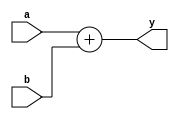
`timescale 1ns / 1ps
//////////////////////////////////////////////////////////////////////////////////
// Company: 
// Engineer: 
// 
// Design Name: 
// Module Name: ALUsum
// Project Name: 
// Target Devices: 
// Tool Versions: 
// Description: 
// 
// Dependencies: 
// 
// Revision:
// Revision 0.01 - File Created
// Additional Comments:
// 
//////////////////////////////////////////////////////////////////////////////////


module ALUsum(input [31:0]a,b,output [31:0]y);

    assign y = a+b;

endmodule